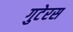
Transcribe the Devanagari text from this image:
गुटेरस